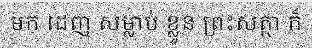
មក ដេញ សម្លាប់ ខ្លួន ព្រះសត្ថា ក៏